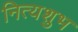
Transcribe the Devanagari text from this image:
नित्यशुभ